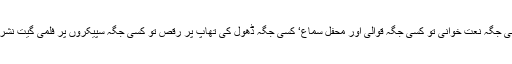
یہی وجہ ہے کہ کسی جگہ نعت خوانی تو کسی جگہ قوالی اور محفل سماع‘ کسی جگہ ڈھول کی تھاپ پر رقص تو کسی جگہ سپیکروں پر فلمی گیت نشر ہو رہے ہوتے ہیں۔